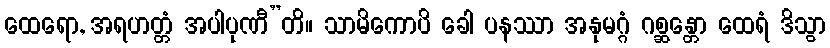
ထေရော, အရဟတ္တံ အပါပုဏီ”တိ။ သာမိကောပိ ခေါ ပနဿာ အနုမဂ္ဂံ ဂစ္ဆန္တော ထေရံ ဒိသွာ